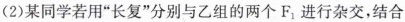
(2)某同学若用”长复”分别与乙组的两个F_{1}进行杂交，结合